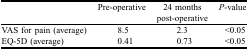
|  | Pre-operative | 24 months post-operative | P-value |
 | --- | --- | --- | --- |
 | VAS for pain (average) | 8.5 | 2.3 | <0.05 |
 | EQ-5D (average) | 0.41 | 0.73 | <0.05 |